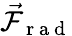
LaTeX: \vec{{\cal F}}_{\mathrm{~r~a~d~}}